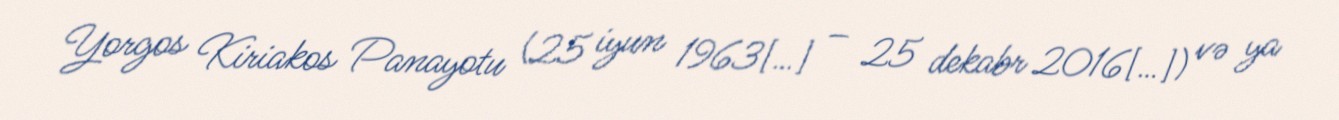
Yorgos Kiriakos Panayotu (25 iyun 1963[…] – 25 dekabr 2016[…]) və ya